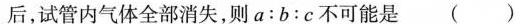
后，试管内气体全部消失，则a：b：c不可能是()